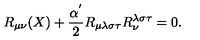
R _ { \mu \nu } ( X ) + \frac { \alpha ^ { ' } } { 2 } R _ { \mu \lambda \sigma \tau } R _ { \nu } ^ { \lambda \sigma \tau } = 0 .